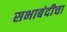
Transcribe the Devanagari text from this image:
सभाबंदीचा